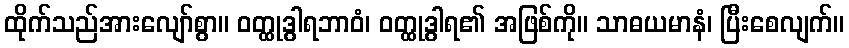
ထိုက်သည်အားလျော်စွာ။ ဝတ္ထုဒွါရဘာဝံ၊ ဝတ္ထုဒွါရ၏ အဖြစ်ကို။ သာဓယမာနံ၊ ပြီးစေလျက်။